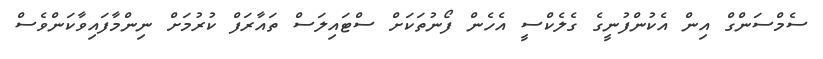
ސެމްސަންގް އިން އެކުންފުނީގެ ގެލެކްސީ އެހެން ފޯނުތަކަށް ސްޓައިލަސް ތައާރަފް ކުރުމަށް ނިންމާފައިވާކަންވެސް